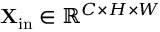
\mathbf { X } _ { \mathrm { i n } } \in \mathbb { R } ^ { C \times H \times W }